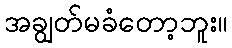
အချွတ်မခံတော့ဘူး။